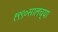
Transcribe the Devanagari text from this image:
१९९०सालच्या